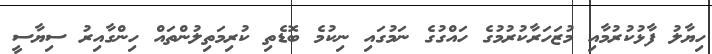
ހިޔާލު ފާޅުކުރުމާއި މުޒަހަރާކުރުމުގެ ހައްގުގެ ނަމުގައި ނިކުމެ ބޮޑެތި ކުރިމަތިލުންތައް ހިންގާއިރު ސިޔާސީ